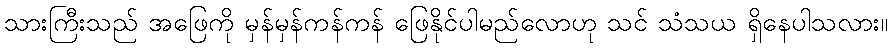
သားကြီးသည် အဖြေကို မှန်မှန်ကန်ကန် ဖြေနိုင်ပါမည်လောဟု သင် သံသယ ရှိနေပါသလား။